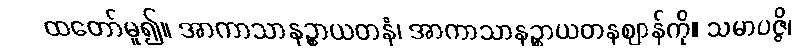
ထတော်မူ၍။ အာကာသာနဉ္စာယတနံ၊ အာကာသာနဉ္စာယတနဈာန်ကို။ သမာပဇ္ဇိ၊